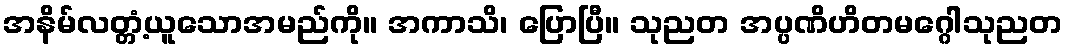
အနိမ်လတ္တံ့ယူသောအမည်ကို။ အကာသိ၊ ပြောပြီ။ သုညတ အပ္ပဏိဟိတမဂ္ဂေါသုညတ